Report on the metropolitan horse fairs and district horse shows of 1892-93 - 1892-1893
Year: 1892
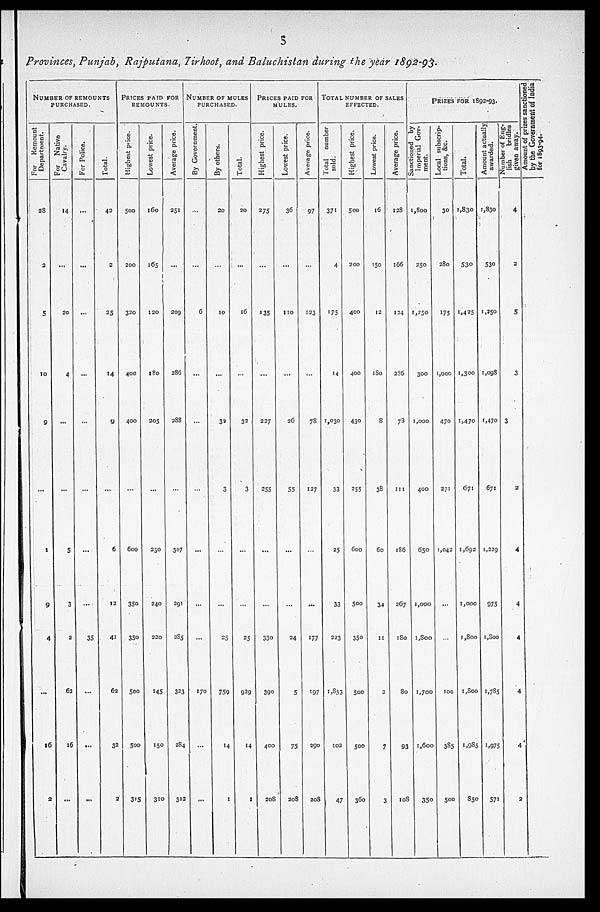
5
Provinces, Punjab, Rajputana, Tirhoot, and Baluchistan during the year 1892-93.
NUMBER OF REMOUNTS
PURCHASED.
For
Remount
Department.
28
2
5
10
9
...
1
9
4
...
16
2
For
Native
Cavalry.
14
...
20
4
...
...
5
3
2
62
16
...
For Police.
...
...
...
...
...
...
...
...
35
...
...
...
Total.
42
2
25
14
9
...
6
12
41
62
32
2
PRICES PAID FOR
REMOUNTS.
Highest price.
500
200
320
400
400
...
600
350
350
500
500
315
Lowest price.
160
165
120
180
205
...
230
240
220
145
150
310
Average price.
251
...
209
286
288
...
307
291
285
323
284
312
NUMBER OF MULES
PURCHASED.
By Government.
...
...
6
...
...
...
...
...
...
170
...
...
By others.
20
...
10
...
32
3
...
...
25
759
14
1
Total.
20
...
16
...
32
3
...
...
25
929
14
1
PRICES PAID FOR
MULES.
Highest price.
275
...
135
...
227
255
...
...
330
390
400
208
Lowest pries.
36
...
110
...
26
55
...
...
24
5
75
208
Average price.
97
...
123
...
78
127
...
...
177
197
290
208
TOTAL NUMBER OF SALES
EFFECTED.
Total number
sold.
371
4
175
14
1,030
33
25
33
223
1,853
102
47
Highest price.
500
200
400
400
430
255
600
500
350
500
500
360
Lowest price.
16
150
12
180
8
38
60
34
11
2
7
3
Average price.
128
166
124
296
73
111
186
267
180
80
93
108
PRIZES FOR 1892-93.
Sanctioned by
Imperial Gov-
ment.
1,800
250
1,250
300
1,000
400
650
1,000
1,800
1,700
1,600
350
Local subscrip-
tions, &c.
30
280
175
1,000
470
271
1,042
...
...
100
385
500
Total.
1,830
530
1,425
1,300
1,470
671
1,692
1,000
1,800
1,800
1,985
850
Amount actually
awarded.
1,830
530
1,250
1,098
1,470
671
1,229
975
1,800
1,785
1,975
571
Number of Eng-
lish
bridles
given away.
4
2
5
3
3
2
4
4
4
4
4
2
Amount of prizes sanctioned
by the Government of India
for 1893-94.